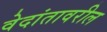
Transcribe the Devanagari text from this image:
वेदांतावरील